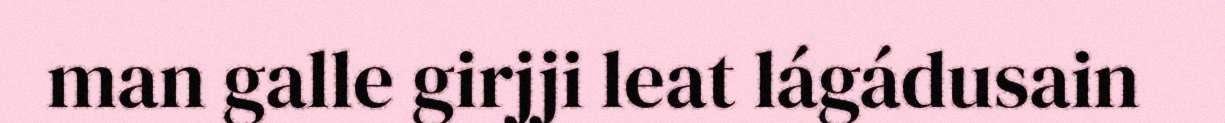
man galle girjji leat lágádusain